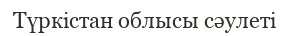
Түркістан облысы сәулеті